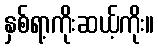
နှစ်ရာ့ကိုးဆယ့်ကိုး။